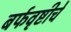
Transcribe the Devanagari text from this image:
बर्फवृष्टीचे